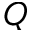
Q